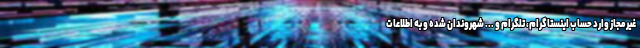
غیرمجاز وارد حساب اینستاگرام، تلگرام و ... شهروندان شده و به اطلاعات